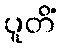
ပူတိံ